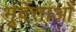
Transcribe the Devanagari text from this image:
भूवेत्ताओं